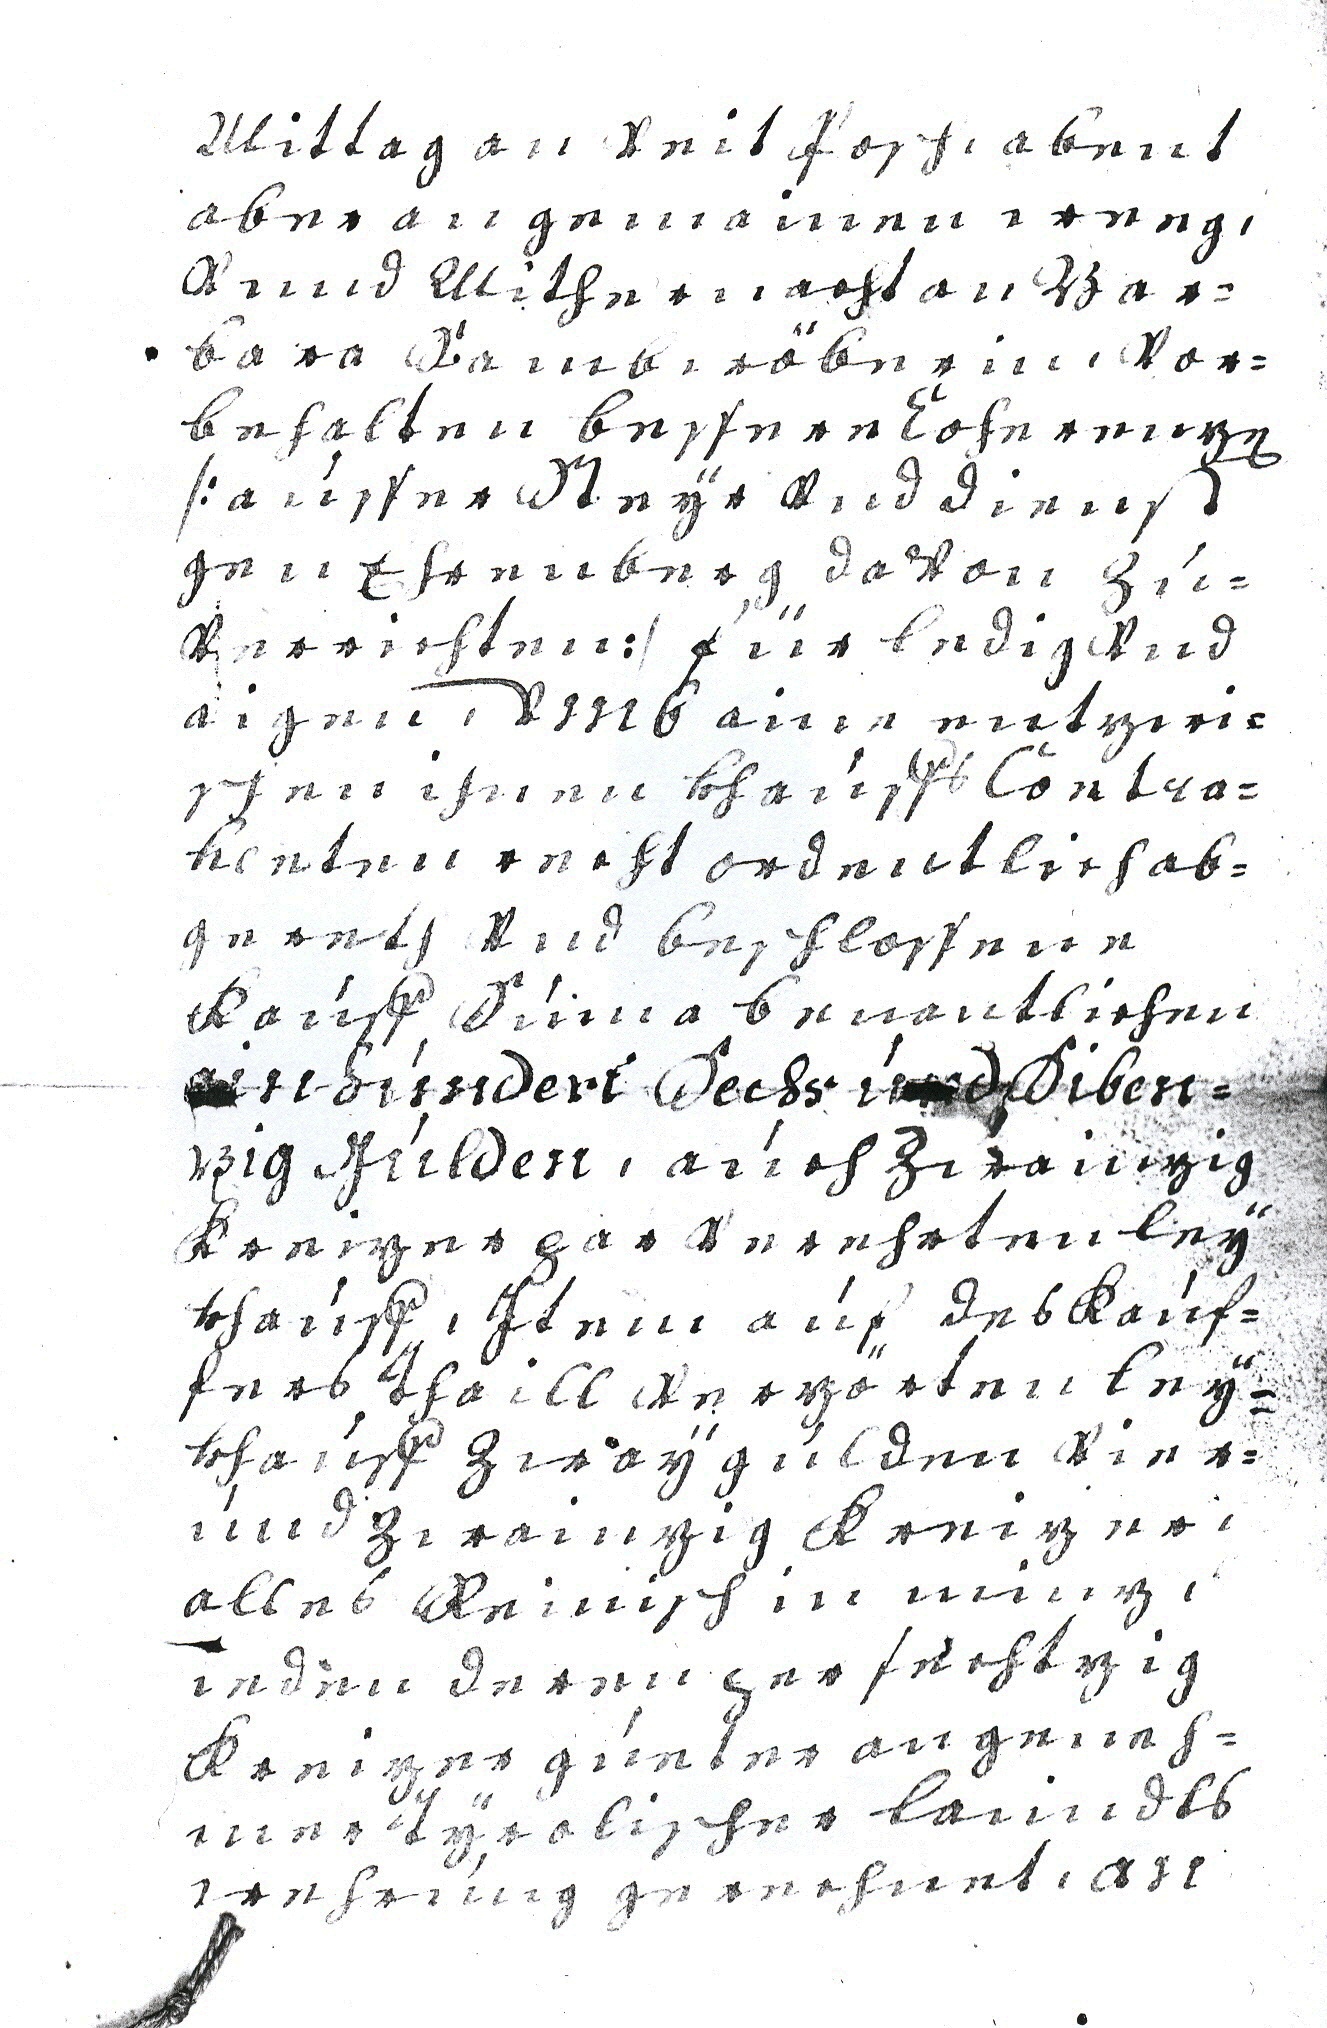
Mittag an Veit Posch, abent
aber an gemainen weeg,
vnnd Mithernacht an Bar¬
bara Sambwöberin, vor¬
behalten bessere Cohn renzen
/:aússer Steyr vnd dienst
gen Ehrenberg davon zú¬
verrichten:/ für ledig vnd
aigen, vmb aine entzwi¬
schen ihnen khaúffs Contra¬
henten recht ordentlich ab¬
gereth vnd beschlossene
Kaúff, Súma benantlichen
ainhúndert Sechs únd Siben¬
zig Gúlden, aúch Zwainzig
Kreizer par verehrten leÿ¬
khaúff, Item aúf des Kauf¬
fers, Thaill verzörten leÿ¬
khaúff zwaÿ gúlden vier¬
únd zwainzig Kreizer,
alles Reinisch in minz,
ieden deren per sechtzig
Kreizer gúeter angeneh¬
mer Tÿrolischen lanndts
wehrúng gerechnet, an